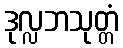
ဒုလ္လဘသုတ္တံ